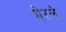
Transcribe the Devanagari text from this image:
मेरले